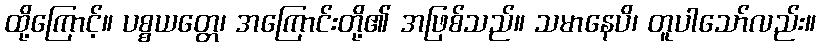
ထို့ကြောင့်။ ပစ္စယတ္တေ၊ အကြောင်းတို့၏ အဖြစ်သည်။ သမာနေပိ၊ တူပါသော်လည်း။